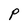
Character: P